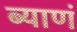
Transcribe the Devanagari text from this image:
ब्याणं